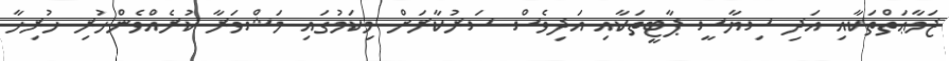
ޖަމާޢަތްތަކާއި އަދި ސިޔާސީ ޕާޓީތަކާއި އަދިވެސް ސަރުކާރަށް މިކަމުގައި މަޝްވަރާ ކުރެއްވެންހުރި ހުރިހާ